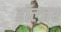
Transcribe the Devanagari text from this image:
हॉल्ज़र